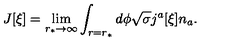
J [ \xi ] = \lim _ { r _ { \ast } \to \infty } \int _ { r = r _ { \ast } } d \phi \sqrt { \sigma } j ^ { a } [ \xi ] n _ { a } .